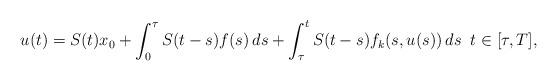
LaTeX: \begin{align*}u(t)=S(t)x_0+\int_0^\tau S(t-s)f(s)\,ds+\int_\tau^t S(t-s)f_k(s,u(s))\,ds\;\;t\in[\tau,T],\end{align*}